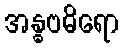
အန္ဓဗဓိရော